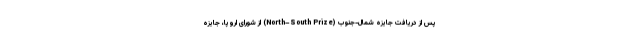
پس از دریافت جایزه شمال-جنوب (North–South Prize) از شورای اروپا، جایزه